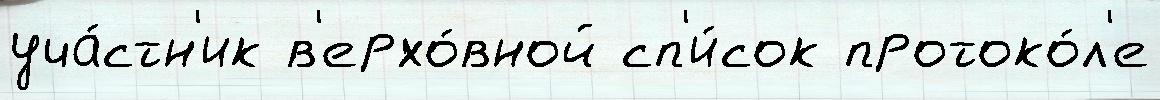
уча́стн'ик в'ерхо́вной сп'и́сок протоко́л'е